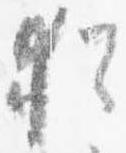
猶